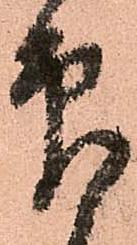
印